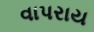
વાપરાય